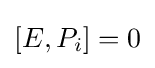
[E,P_{i}]=0